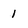
Character: 1